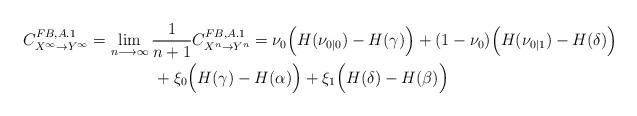
LaTeX: \begin{align*}C_{X^\infty\rightarrow{Y}^{\infty}}^{FB,A.1}&=\lim_{n\longrightarrow\infty}\frac{1}{n+1}C_{X^n\rightarrow{Y}^{n}}^{FB,A.1}=\nu_0\Big(H(\nu_{0|0})-H(\gamma)\Big)+(1-\nu_0)\Big(H(\nu_{0|1})-H(\delta)\Big)\\&\qquad\qquad+\xi_0\Big(H(\gamma)-H(\alpha)\Big)+\xi_1\Big(H(\delta)-H(\beta)\Big)\end{align*}